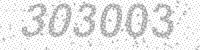
Solution: 303003